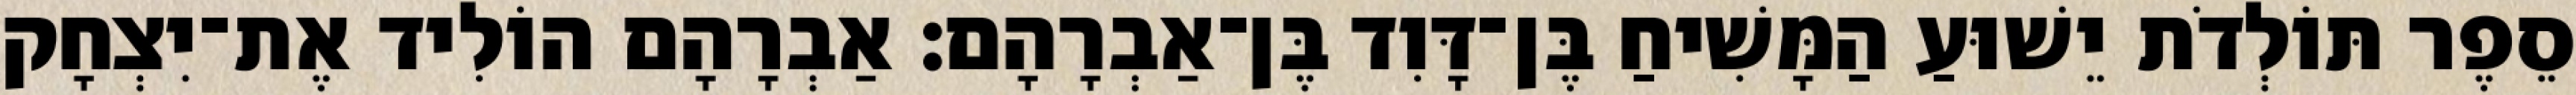
סֵפֶר תּוֹלְדֹת יֵשׁוּעַ הַמָּשִׁיחַ בֶּן־דָּוִד בֶּן־אַבְרָהָם׃ אַבְרָהָם הוֹלִיד אֶת־יִצְחָק